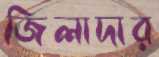
জিলাদার